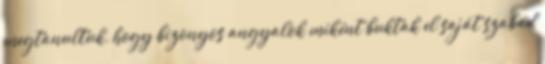
megtanultuk, hogy bizonyos angyalok miként buktak el saját szabad